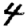
Digit: 4